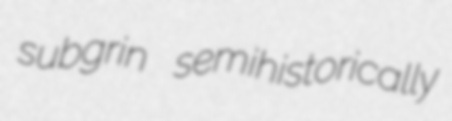
subgrin semihistorically